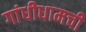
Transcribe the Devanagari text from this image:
गांधीधामची